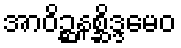
အာဝိဉ္ဆနစ္ဆိဒ္ဒမေဝ